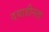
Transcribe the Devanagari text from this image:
दयाहीनता